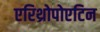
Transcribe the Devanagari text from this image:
एरिथ्रोपोएटिन